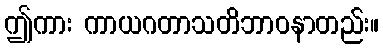
ဤကား ကာယဂတာသတိဘာဝနာတည်း။